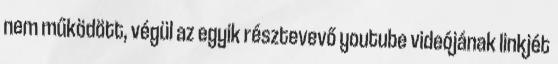
nem működött, végül az egyik résztevevő youtube videójának linkjét